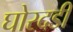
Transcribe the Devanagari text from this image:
घोरदडी